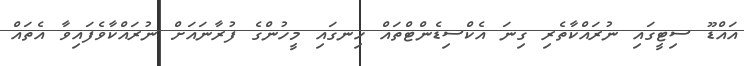
އައްޑޫ ސިޓީގައި ނުރައްކާތެރި ގިނަ އެކްސިޑެންޓްތައް ހިނގައި މީހުންގެ ފުރާނައަށް ނުރައްކާވެފައިވާ އެތައް